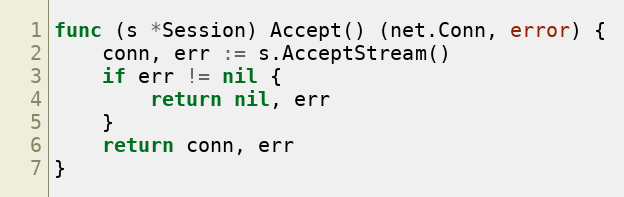
Language: Go
func (s *Session) Accept() (net.Conn, error) {
	conn, err := s.AcceptStream()
	if err != nil {
		return nil, err
	}
	return conn, err
}